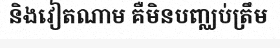
និងវៀតណាម គឺមិនបញ្ឈប់ត្រឹម